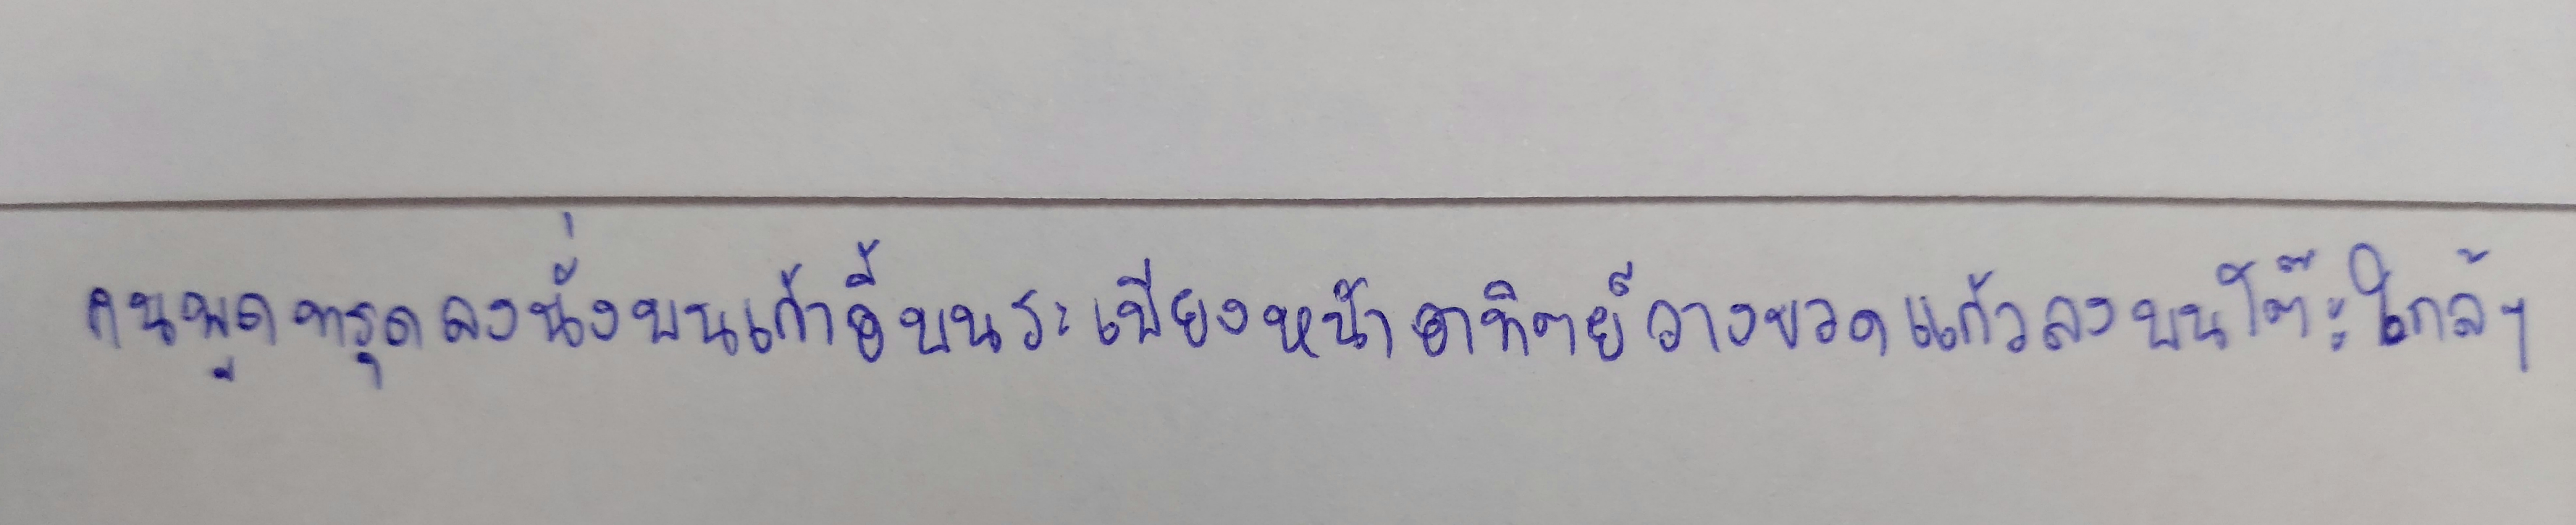
คนพูดทรุดลงนั่งบนเก้าอี้บนระเบียงหน้าอาทิตย์วางขวดแก้วลงบนโต๊ะใกล้ๆ